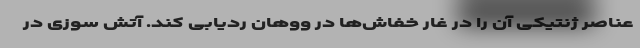
عناصر ژنتیکی آن را در غار خفاش‌ها در ووهان ردیابی کند. آتش سوزی در